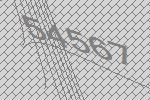
54567